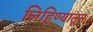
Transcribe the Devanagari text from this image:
लिहिण्यातून